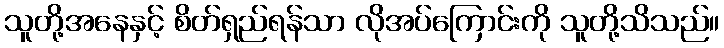
သူတို့အနေနှင့် စိတ်ရှည်ရန်သာ လိုအပ်ကြောင်းကို သူတို့သိသည်။